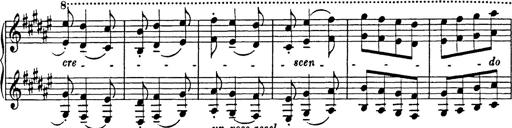
Title: Hungarian Rhapsody No.18
Composer: Franz Liszt
Key: F-sharp minor